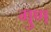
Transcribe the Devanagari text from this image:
गु्ण